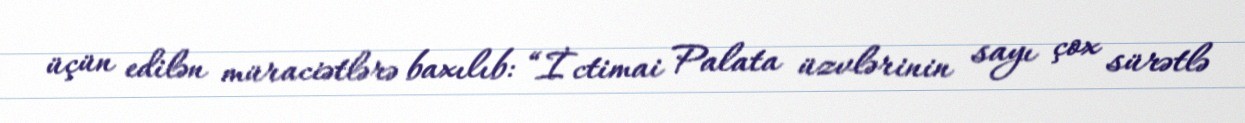
üçün edilən müraciətlərə baxılıb: “İctimai Palata üzvlərinin sayı çox sürətlə